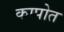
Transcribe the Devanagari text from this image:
कापोत